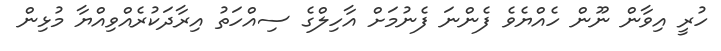
ހުރީ އިވާން ނޫން ހެއްޔެވެ ފެންނަ ފެނުމަށް އާހިލްގެ ސިއްހަތު އިރާދަކުރެއްވިއްޔާ މުޅިން